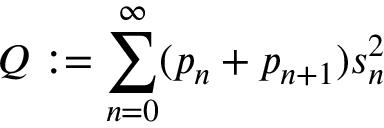
Q : = \sum _ { n = 0 } ^ { \infty } ( p _ { n } + p _ { n + 1 } ) s _ { n } ^ { 2 }